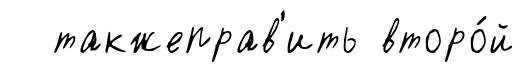
такжеправ'ить второ́й